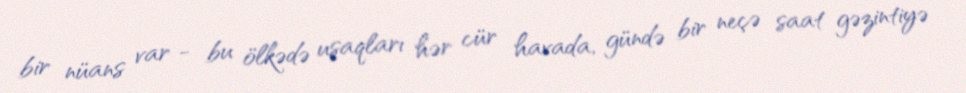
bir nüans var - bu ölkədə uşaqları hər cür havada, gündə bir neçə saat gəzintiyə